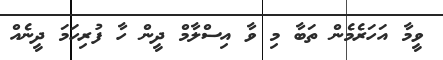
ވީމާ އަހަރެމެން ތަބާ މި ވާ އިސްލާމް ދީން ހާ ފުރިހަމަ ދީނެއް